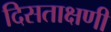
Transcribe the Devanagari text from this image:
दिसताक्षणी